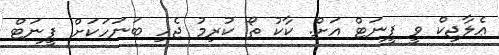
ޢެލާޖިކް ވީ ޕީނަޓް އަށް. ކާކު ތޯ ކުރިމު ޖެހި ބަނަހަކަށް ޕީނަޓް